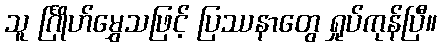
သူ င်္ဂြိုဟ်မွှေသဖြင့် ပြဿနာတွေ ရှုပ်ကုန်ပြီ။